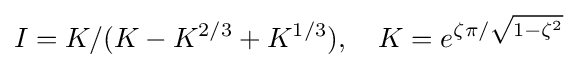
I=K/(K-K^{2/3}+K^{1/3}),\ \ \ K=e^{\zeta \pi /{\sqrt {1-\zeta ^{2}}}}